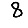
Digit: 8